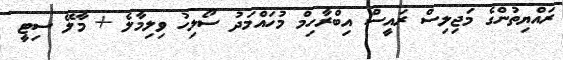
ރައްޔިތުންގެ މަޖިލިސް ރައީސް އިބްރާހިމް މުހައްމަދު ސޯލިހު ވިލިމާލެ + މާލޭ ސިޓީ